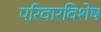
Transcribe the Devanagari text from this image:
परिवारविशेष